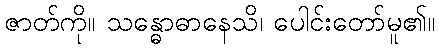
ဇာတ်ကို။ သန္ဓောဓာနေသိ၊ ပေါင်းတော်မူ၏။